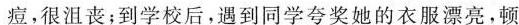
痘，很沮丧；到学校后，遇到同学夸奖她的衣服漂亮，顿